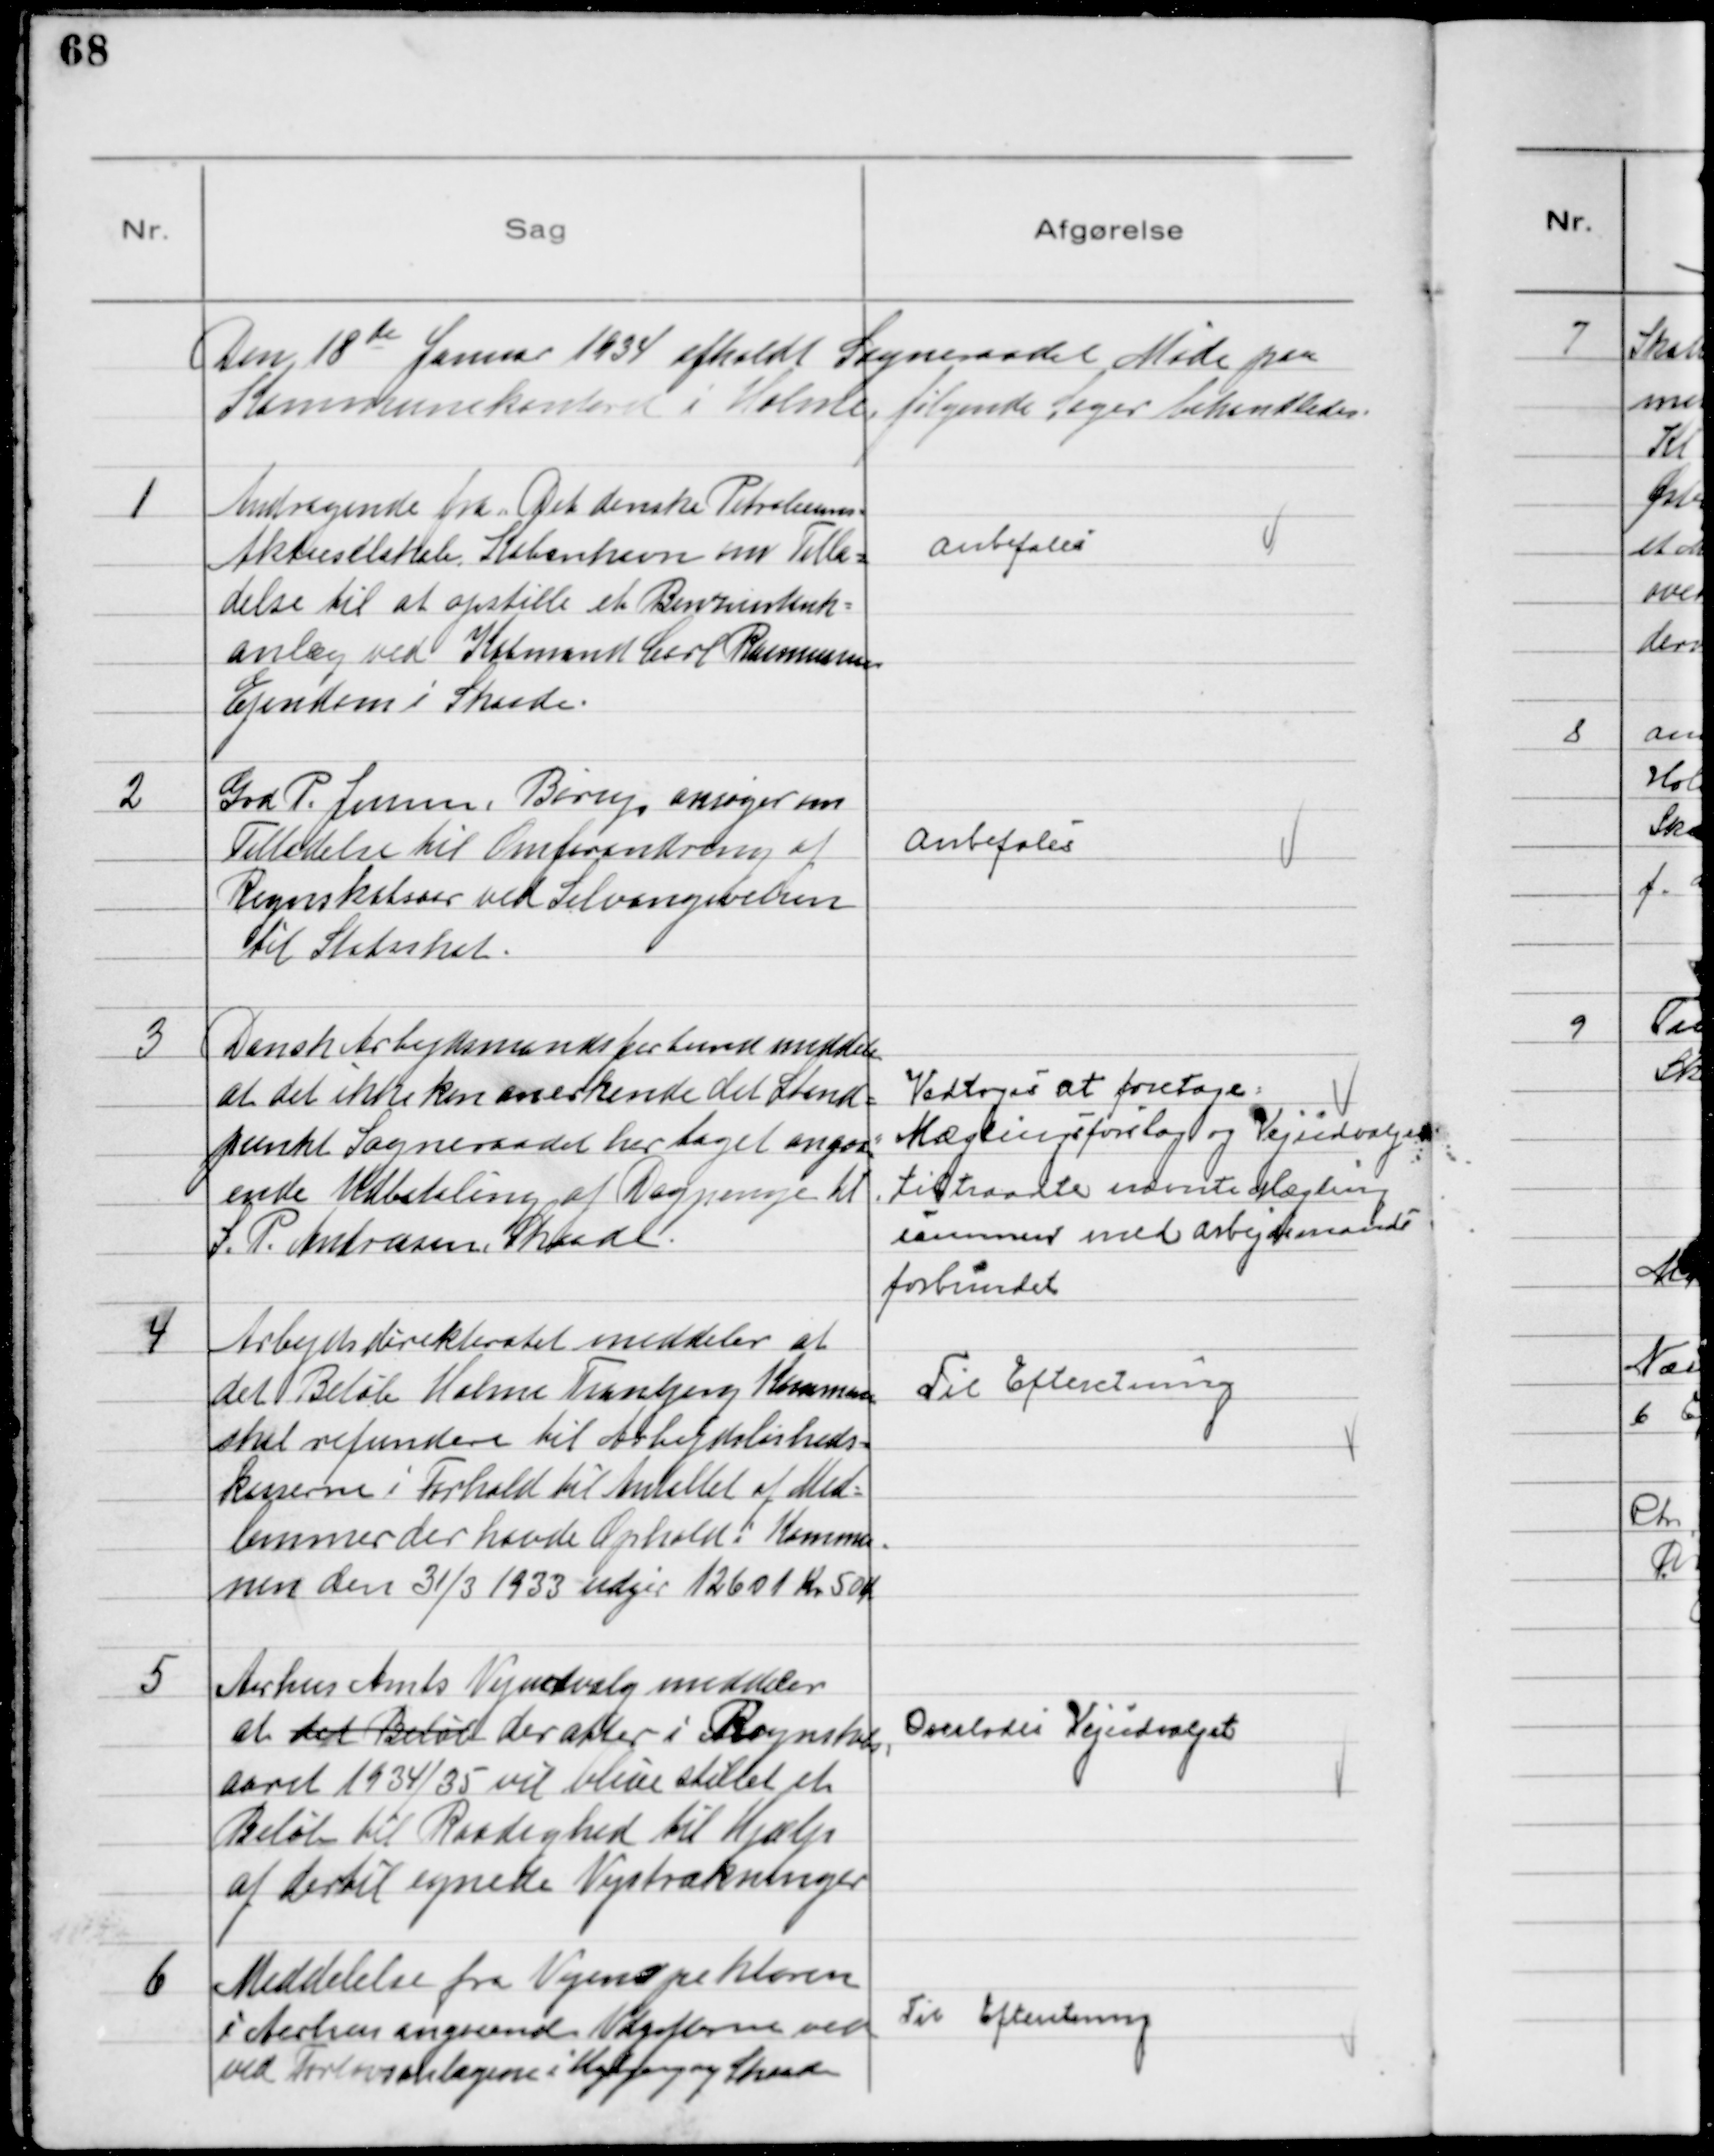
Transskription:
Den 18 de Januar 1934 afholdt Sogneraadet Møde paa
Kommunekontoret i Holme, følgende Sager behandledes.

1
Andragende fra Det danske Petroleums-
Aktieselskab København om Tilla-
delse til at opstille et Benzintank-
anlæg ved Købmand Carl Rasmussens
Ejendom i Skaade.

Anbefales

2
Grd P. Jensen, Børup, ansøger om
Tilladelse til Omforandring af
Regnskabsaar ved Selvangivelsen
til Statsskat.

Anbefales

3
Dansk Arbejdsmandsforbund meddeler
at det ikke kan anerkende det Stand-
punkt Sogneraadet har taget angaa-
ende Udbetaling af Dagpenge til
S. P. Andreasen, Skaade

Vedtoges at foretage
Mæglingsforslag og Vejudvalget
tiltraadte nævnte Mægling
sammen med Arbejdsmands
forbundet

4
Arbejdsdirektoratet meddeler at
det Beløb Holme Tranbjerg Kommune
skal refundere til Arbejdsløsheds-
kasserne i Forhold til Antallet af Med-
lemmer der havde Ophold i Kommu-
nen den 31/3 1933 udgør 12601 Kr 50 Øre

Til Efteretning

5
Aarhus Amts Vejudvalg meddeler
at det Beløb der atter i Regnskabs
aaret 1934/35 vil blive stillet et
Beløb til Raadighed til Hjælp
af dertil egnede Vejstrækninger

Overlodes Vejudvalget

6
Meddelelse fra Vejinspektøren
i Aarhus angaaende Udgifterne ved
ved Fortovsanlægene i Højbjerg og Skaade

Til Efteretning